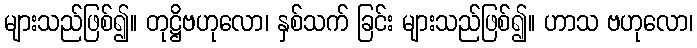
များသည်ဖြစ်၍။ တုဋ္ဌိဗဟုလော၊ နှစ်သက် ခြင်း များသည်ဖြစ်၍။ ဟာသ ဗဟုလော၊